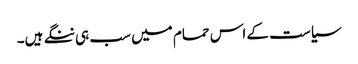
سیاست کے اس حمام میں سب ہی ننگے ہیں۔